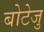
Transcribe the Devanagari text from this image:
बोटेजु